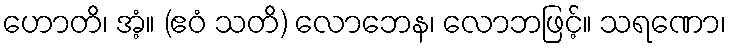
ဟောတိ၊ အံ့။ (ဧဝံ သတိ) လောဘေန၊ လောဘဖြင့်။ သရဏော၊